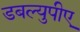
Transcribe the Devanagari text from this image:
डबल्युपीए